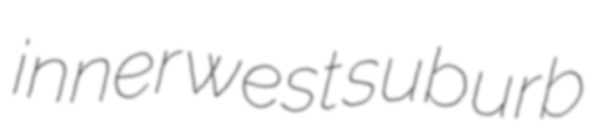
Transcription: inner west suburb